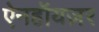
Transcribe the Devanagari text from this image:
ऐनहॉयज़र